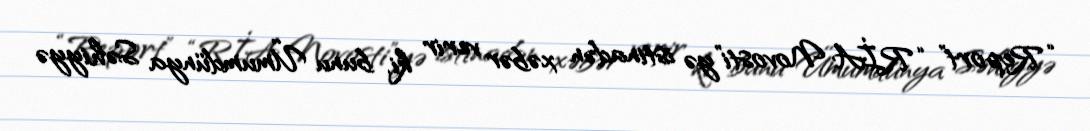
“Report” “RİA Novosti”yə istinadən xəbər verir ki, bunu Ümumdünya Səhiyyə